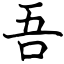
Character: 吾